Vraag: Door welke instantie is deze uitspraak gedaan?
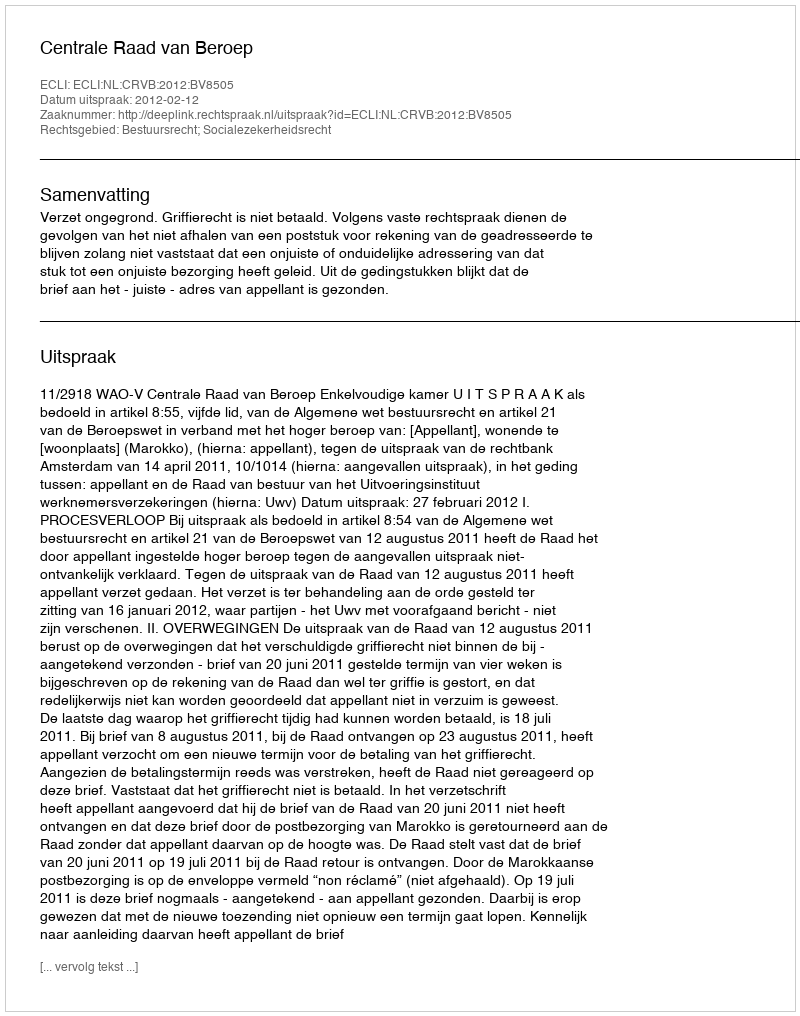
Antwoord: Centrale Raad van Beroep